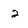
Character: 2